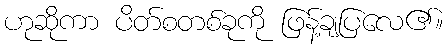
ဟုဆိုကာ ပိတ်စတစ်ခုကို ဖြန့်ချပြလေ၏။